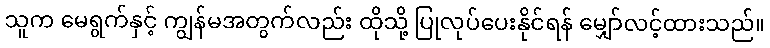
သူက မေရွက်နှင့် ကျွန်မအတွက်လည်း ထိုသို့ ပြုလုပ်ပေးနိုင်ရန် မျှော်လင့်ထားသည်။